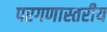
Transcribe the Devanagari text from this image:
परगणास्तरीय